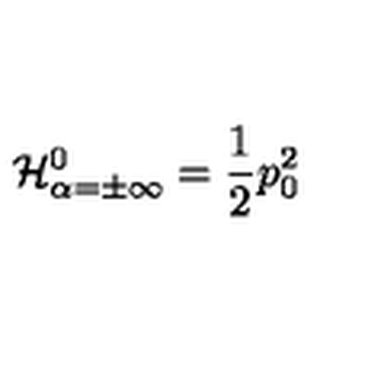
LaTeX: { \cal H } _ { \alpha = \pm \infty } ^ { 0 } = { \frac { 1 } { 2 } } p _ { 0 } ^ { 2 }